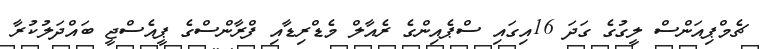
ޗެމްޕިއަންސް ލީގުގެ ގަދަ 16އިގައި ސްޕެއިންގެ ރެއާލް މެޑްރިޑާއި ފްރާންސްގެ ޕީއެސްޖީ ބައްދަލުކުރާ